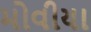
મોવીયા